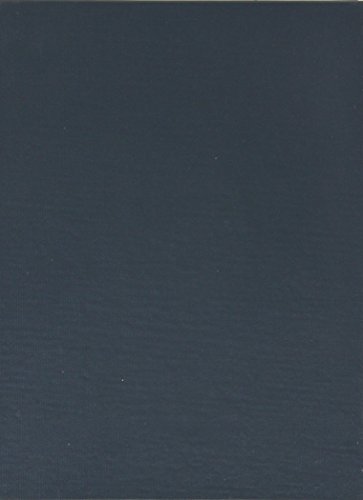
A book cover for Handbook of Federal Indian Law With Reference Tables and Index; Felix S. Cohen; Law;